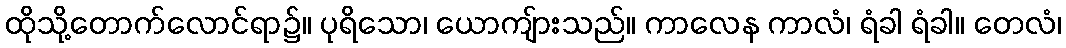
ထိုသို့တောက်လောင်ရာ၌။ ပုရိသော၊ ယောကျ်ားသည်။ ကာလေန ကာလံ၊ ရံခါ ရံခါ။ တေလံ၊